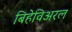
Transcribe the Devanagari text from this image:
बिहेविअरल